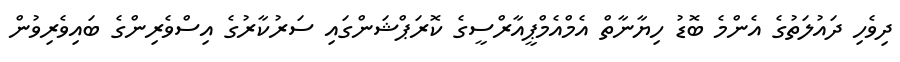
ދިވެހި ދައުލަތުގެ އެންމެ ބޮޑު ހިޔާނާތް އެމްއެމްޕީއާރްސީގެ ކޮރަޕްޝަންގައި ސަރުކާރުގެ އިސްވެރިންގެ ބައިވެރިވުން